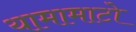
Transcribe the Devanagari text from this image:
यामामाटो